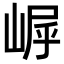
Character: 𪩀